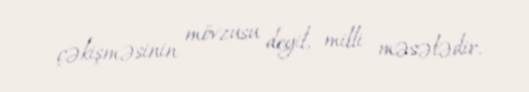
çəkişməsinin mövzusu deyil, milli məsələdir.